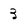
Character: 3